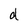
Character: d